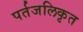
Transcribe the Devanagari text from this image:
पर्तजलिकृत